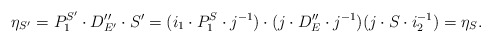
\begin{align*}\eta_{S'}=P_1^{S'}\cdot D_{E'}''\cdot S'=(i_1\cdot P_1^S\cdot j^{-1})\cdot(j\cdot D_E''\cdot j^{-1})(j\cdot S\cdot i_2^{-1})=\eta_S.\end{align*}